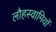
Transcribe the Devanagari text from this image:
लौहस्वामियों